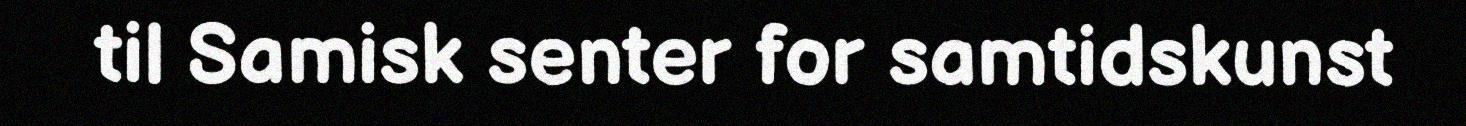
til Samisk senter for samtidskunst